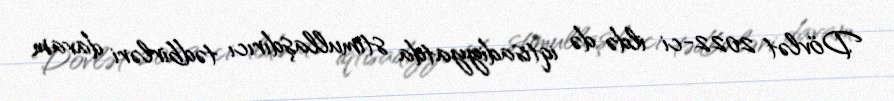
Dövlət 2022-ci ildə də iqtisadiyyatda stimullaşdırıcı tədbirləri davam